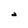
Character: a